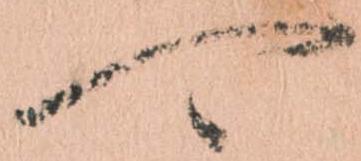
可